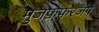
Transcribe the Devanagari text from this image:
मुजफ्रफरजंग